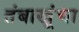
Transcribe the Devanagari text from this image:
तंबाखूंचा